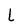
Character: L